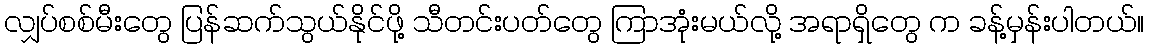
လျှပ်စစ်မီးတွေ ပြန်ဆက်သွယ်နိုင်ဖို့ သီတင်းပတ်တွေ ကြာအုံးမယ်လို့ အရာရှိတွေ က ခန့်မှန်းပါတယ်။